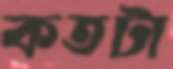
কতটা